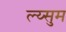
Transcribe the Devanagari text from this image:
ल्य्सुम